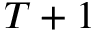
T + 1